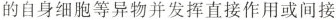
的自身细胞等异物并发挥直接作用或间接